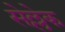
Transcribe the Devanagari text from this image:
सेल्लेक